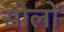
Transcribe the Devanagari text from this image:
सोलों